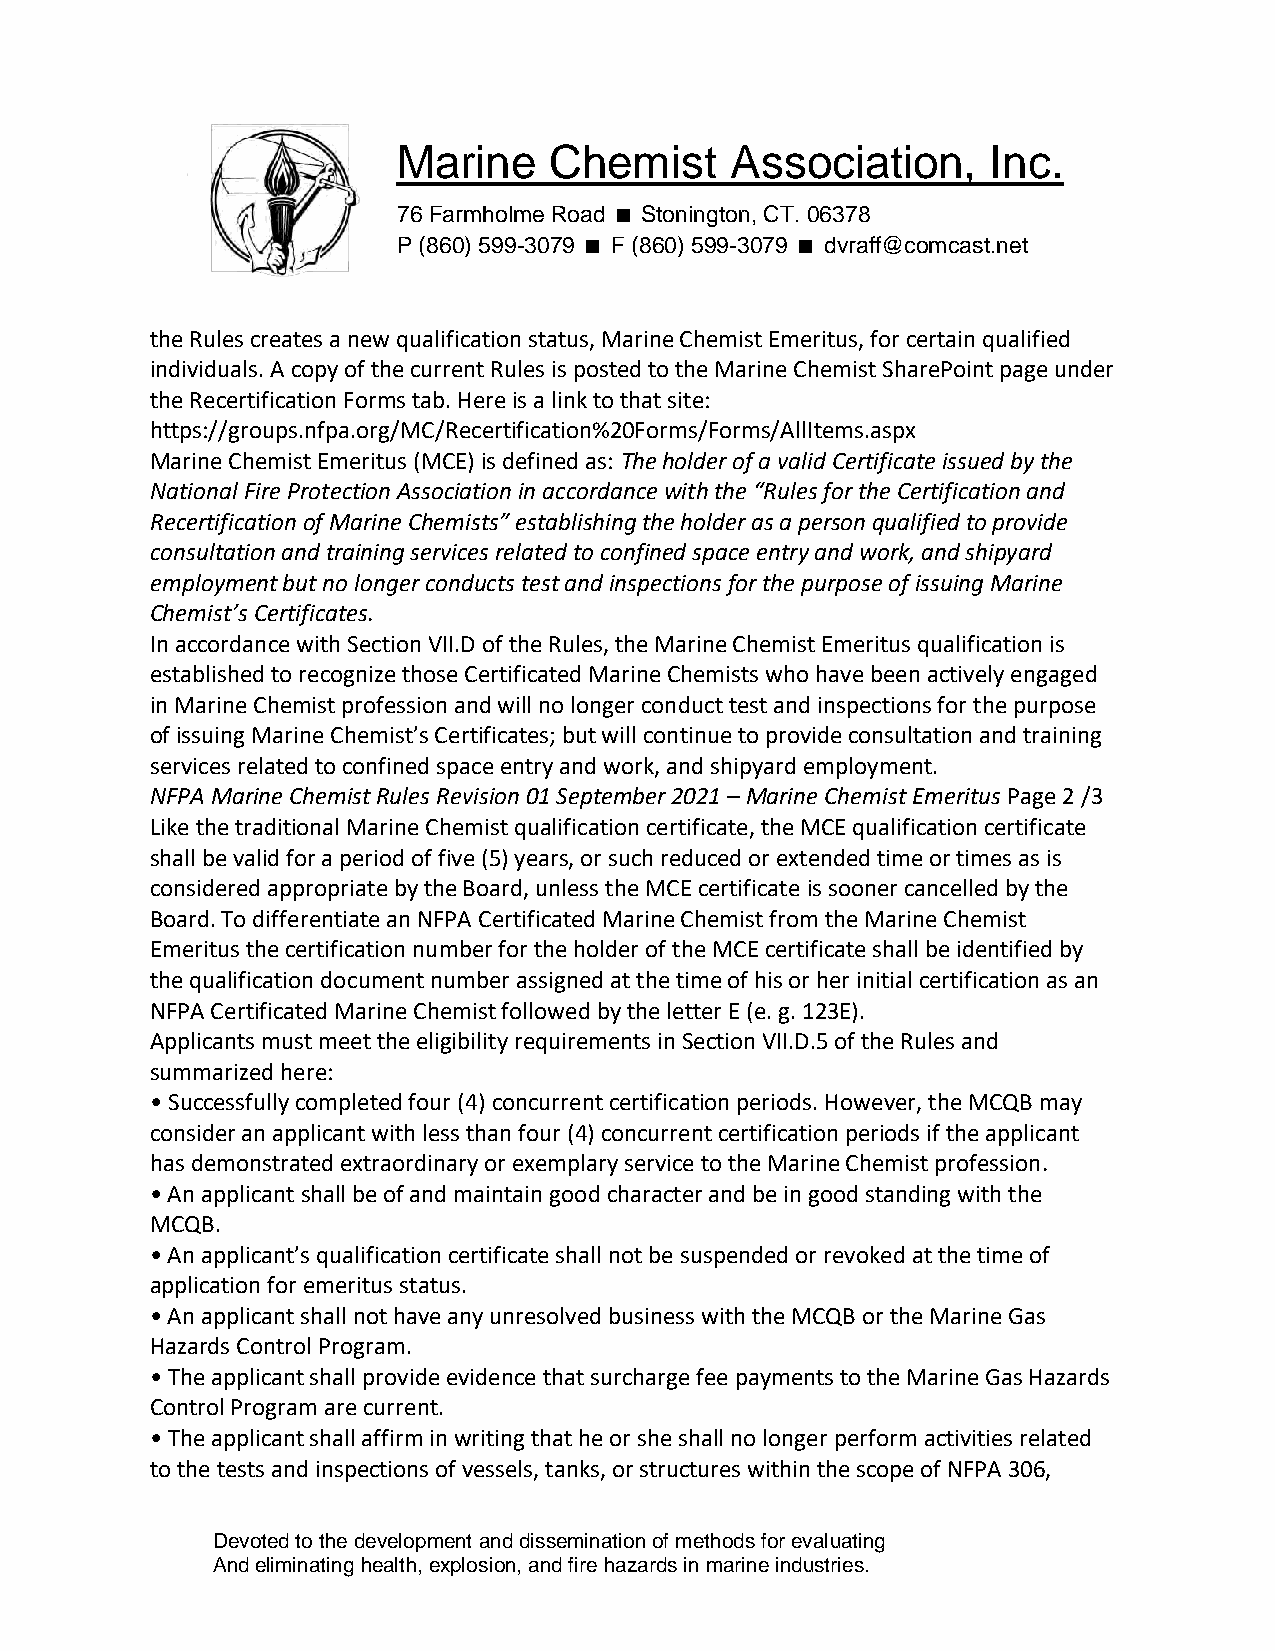
Marine    Chemist     Association,      Inc.
 76 Farmholme Road Stonington, CT. 06378
 P (860) 599-3079 F (860) 599-3079 dvraff@comcast.net
 the Rules creates a new qualification status, Marine Chemist Emeritus, for certain qualified
 individuals. A copy of the current Rules is posted to the Marine Chemist SharePoint page under
 the Recertification Forms tab. Here is a link to that site:
 https://groups.nfpa.org/MC/Recertification%20Forms/Forms/AllItems.aspx
 Marine Chemist Emeritus (MCE) is defined as: The holder of a valid Certificate issued by the
 National Fire Protection Association in accordance with the “Rules for the Certification and
 Recertification of Marine Chemists” establishing the holder as a person qualified to provide
 consultation and training services related to confined space entry and work, and shipyard
 employment but no longer conducts test and inspections for the purpose of issuing Marine
 Chemist’s Certificates.
 In accordance with Section VII.D of the Rules, the Marine Chemist Emeritus qualification is
 established to recognize those Certificated Marine Chemists who have been actively engaged
 in Marine Chemist profession and will no longer conduct test and inspections for the purpose
 of issuing Marine Chemist’s Certificates; but will continue to provide consultation and training
 services related to confined space entry and work, and shipyard employment.
 NFPA Marine Chemist Rules Revision 01 September 2021 – Marine Chemist Emeritus Page 2 /3
 Like the traditional Marine Chemist qualification certificate, the MCE qualification certificate
 shall be valid for a period of five (5) years, or such reduced or extended time or times as is
 considered appropriate by the Board, unless the MCE certificate is sooner cancelled by the
 Board. To differentiate an NFPA Certificated Marine Chemist from the Marine Chemist
 Emeritus the certification number for the holder of the MCE certificate shall be identified by
 the qualification document number assigned at the time of his or her initial certification as an
 NFPA Certificated Marine Chemist followed by the letter E (e. g. 123E).
 Applicants must meet the eligibility requirements in Section VII.D.5 of the Rules and
 summarized here:
 • Successfully completed four (4) concurrent certification periods. However, the MCQB may
 consider an applicant with less than four (4) concurrent certification periods if the applicant
 has demonstrated extraordinary or exemplary service to the Marine Chemist profession.
 • An applicant shall be of and maintain good character and be in good standing with the
 MCQB.
 • An applicant’s qualification certificate shall not be suspended or revoked at the time of
 application for emeritus status.
 • An applicant shall not have any unresolved business with the MCQB or the Marine Gas
 Hazards Control Program.
 • The applicant shall provide evidence that surcharge fee payments to the Marine Gas Hazards
 Control Program are current.
 • The applicant shall affirm in writing that he or she shall no longer perform activities related
 to the tests and inspections of vessels, tanks, or structures within the scope of NFPA 306,
 Devoted to the development and dissemination of methods for evaluating
 And eliminating health, explosion, and fire hazards in marine industries.